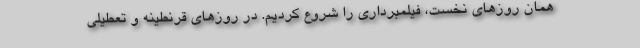
همان روزهای نخست، فیلمبرداری را شروع کردیم. در روزهای قرنطینه و تعطیلی